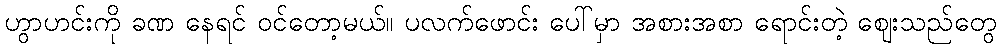
ဟွာဟင်းကို ခဏ နေရင် ဝင်တော့မယ်။ ပလက်ဖောင်း ပေါ်မှာ အစားအစာ ရောင်းတဲ့ ဈေးသည်တွေ